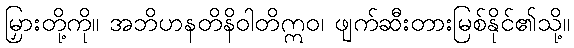
မြှားတို့ကို။ အဘိဟနတိနိဝါတိဣဝ၊ ဖျက်ဆီးတားမြစ်နိုင်၏သို့။